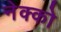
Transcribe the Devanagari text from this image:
नेक्को